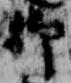
御